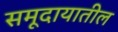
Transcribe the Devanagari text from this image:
समूदायातील